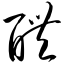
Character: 醴